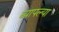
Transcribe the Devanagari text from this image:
व्यापल्या